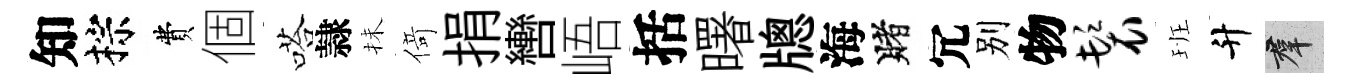
知棕費個嗒隷抺𠋣捐轡峿括曙牕海賭冗别物鬟班升群